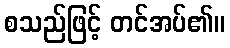
စသည်ဖြင့် တင်အပ်၏။